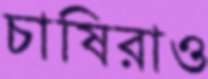
চাষিরাও